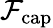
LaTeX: \mathcal{F}_{\mathrm{cap}}